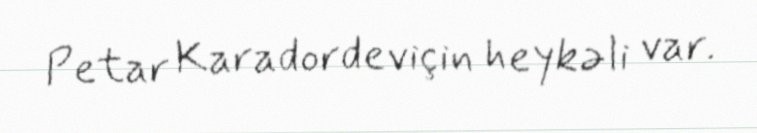
Petar Karadordeviçin heykəli var.